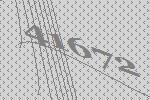
41672